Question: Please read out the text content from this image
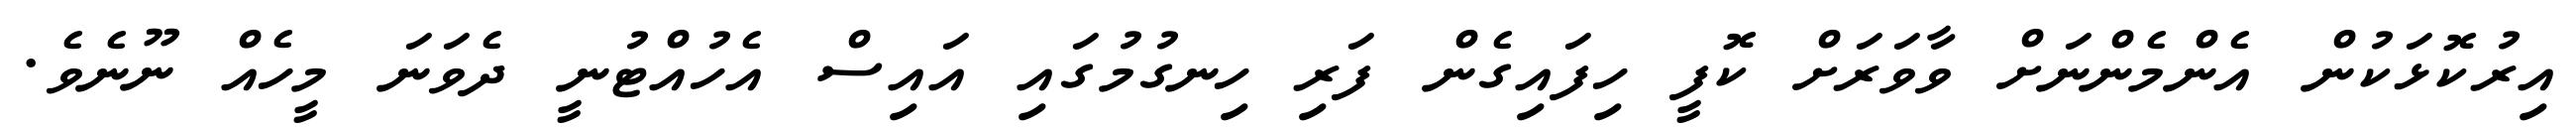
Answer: އިރުކޮޅަކުން އެންމެންނަށް ވާވަރަށް ކޮފީ ހިފައިގެން ފަރި ހިނގުމުގައި އައިސް އެހުއްޓުނީ ދެވަނަ މީހެއް ނޫނެވެ.